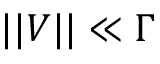
| | V | | \ll \Gamma